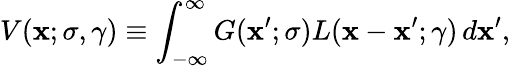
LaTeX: V(\mathbf{x};\sigma,\gamma)\equiv\int_{-\infty}^{\infty}G(\mathbf{x}^{\prime};\sigma)L(\mathbf{x}-\mathbf{x}^{\prime};\gamma)\, d\mathbf{x}^{\prime},